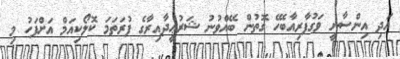
އަދި އިންސާނީ ވަގުފާރިއާބެހޭ ގޮތުން ބޭއްވުނު ޝަރުޢީދާއިރާގެ ފުރަތަމަ ކޮލޯކިއަމް އަށްފަހު މި